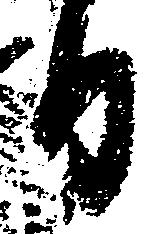
日